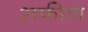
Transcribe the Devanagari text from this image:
अफीण